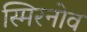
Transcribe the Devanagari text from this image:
स्मिरनोव